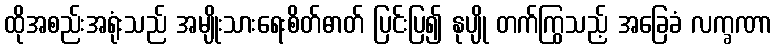
ထိုအစည်းအရုံးသည် အမျိုးသားရေးစိတ်ဓာတ် ပြင်းပြ၍ နုပျို တက်ကြွသည့် အခြေခံ လက္ခဏာ